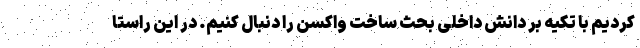
کردیم با تکیه بر دانش داخلی بحث ساخت واکسن را دنبال کنیم. در این راستا